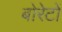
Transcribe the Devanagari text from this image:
बोरेटों